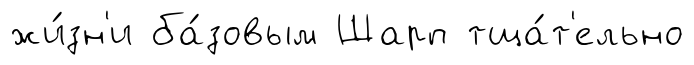
жи́зн'и ба́зовым Шарп тща́т'ельно